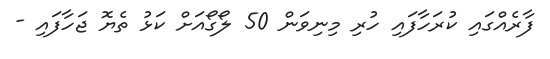
ފާރެއްގައި ކުރަހާފައި ހުރި މިނިވަން 50 ލޯގޯއަށް ކަޅު ތެޔޮ ޖަހާފައި -